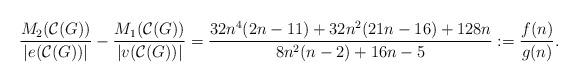
LaTeX: \begin{align*}\dfrac{ M_{2}(\mathcal{C}(G))}{|e(\mathcal{C}(G))|} - \dfrac{M_{1}(\mathcal{C}(G))}{|v(\mathcal{C}(G))|} = \dfrac{32n^{4}(2n-11) + 32n^{2}(21n - 16) + 128n}{8n^{2}(n-2)+16n-5} := \frac{f(n)}{g(n)}.\end{align*}